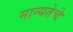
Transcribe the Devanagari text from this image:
मान्यतेचे